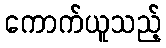
ကောက်ယူသည့်